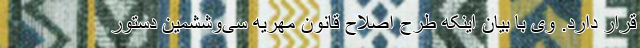
قرار دارد. وی با بیان اینکه طرح اصلاح قانون مهریه سی‌وششمین دستور